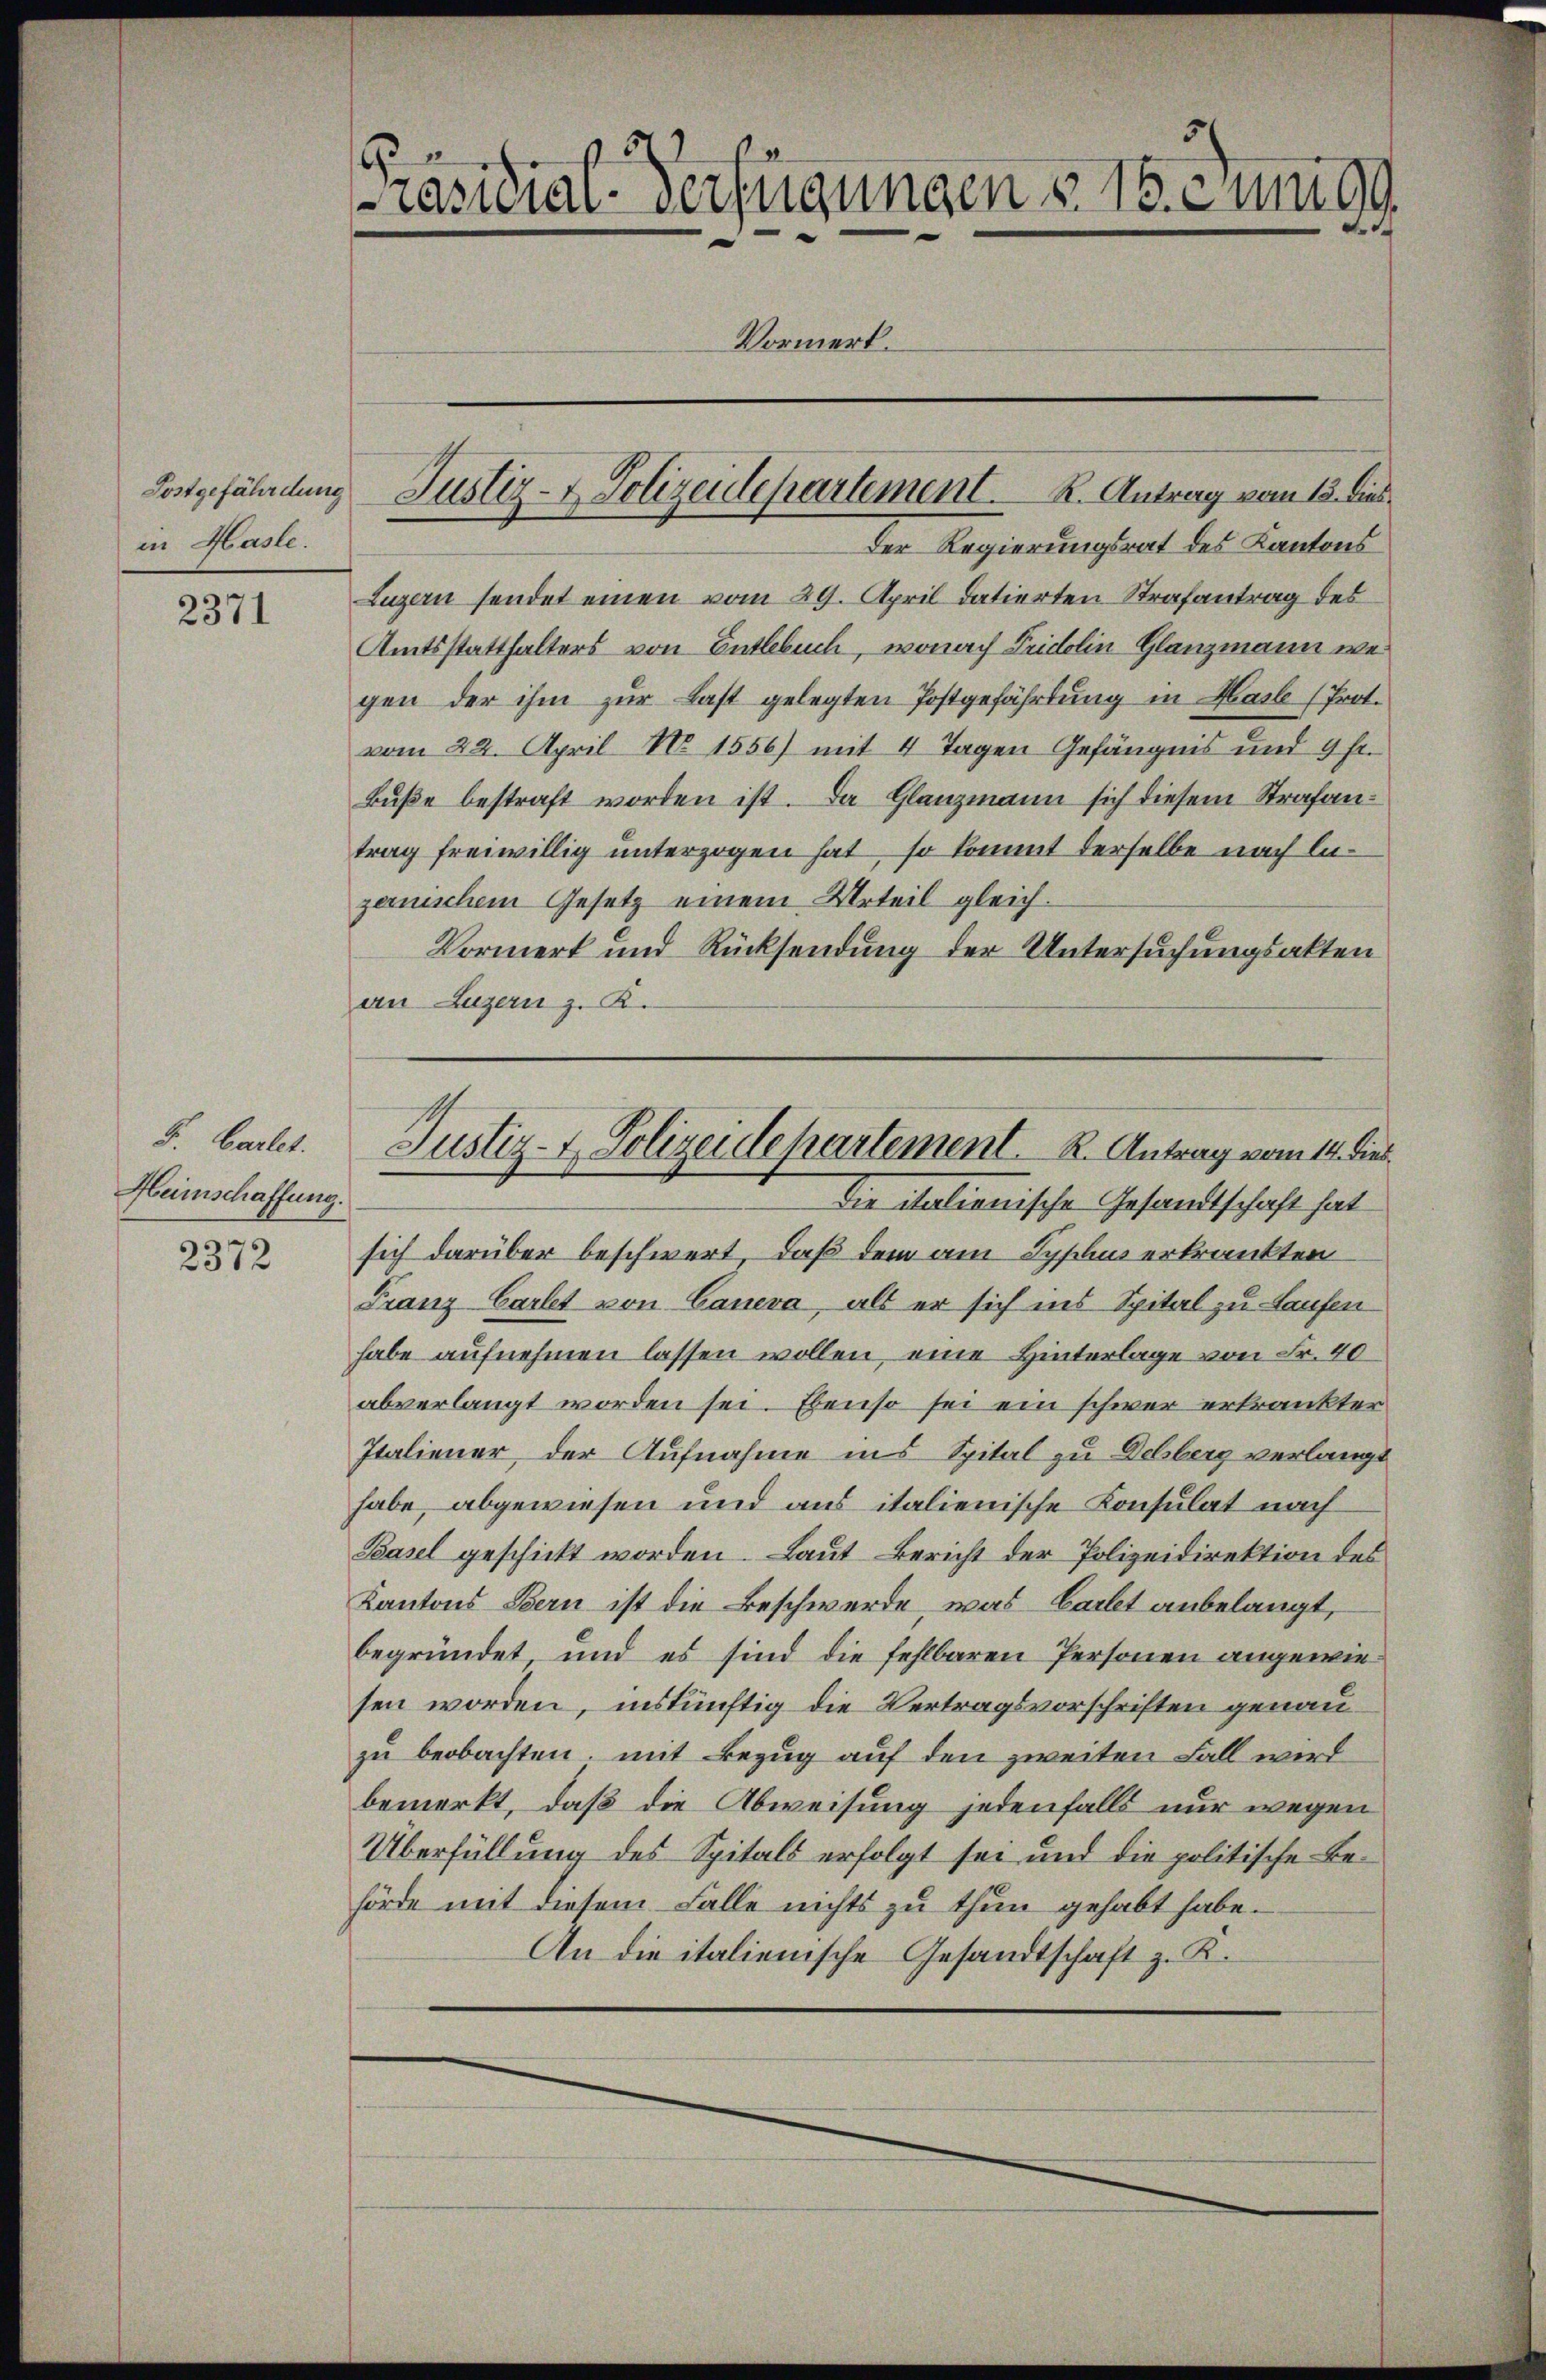
in Hasle.

2371

S. Cartet.
Heinschaffung.
2372

Präsidial-Verfügungen v. 15. Juni 99
Vormerk.

Der Regierungsrat des Kantons
Luzern sendet einen vom 29. April datierten Strafantrag des
Amtsstatthalters von Entlebuch, wonach Fridolin Glanzmann wegen der ihm zur Last gelegten Postgefährtung in Mail (Prot.
vom 22. April No 1556) mit 4 Tagen Gefängnis und 9 f.
Bŭβe bestraft worden ist. Da Glanzmann sich diesem Strafantrag freiwillig unterzogen hat, so kommt derselbe nach lezernischem Gesetz einem Urteil gleich.
Vormerk und Rücksendung der Untersuchungsakten
an Luzern z. K.

Postgefährdung Justiz- & Polizeidepartement. R. Antrag vom 13. dies

sich darüber beschwert, daß dem am Spplins erkrankten
Franz Cartet von Caneva, als er sich ins Spital zu Laufen
habe aufnehmen lassen wollen, eine Hinterlage von Fr. 40
abverlangt worden sei. Ebenso sei ein schwer erkrankter
Italiener der Aufnahme ins Spital zu Delsberg verlangt
habe, abgewiesen und aus italienische Konsulat nach
Basel geschickt worden. Laut Bericht der Polizeidirektion des
Kantons Bern ist die Beschwerde, was Cartet anbelangt,
begründet, und es sind die fehlbaren Personen angewiesen worden, inskünftig die Vertragsvorschriften genauzu beobachten, mit Bezug auf den zweiten Fall wird
bemerkt, daß die Abweisung jedenfalls nur wegen
Überfüllung des Spitals erfolgt sei und die politische Behörde mit diesem Falle nichts zu thun gehabt habe.
An die italienische Gesandtschaft z. K.

Justiz- & Polizeidepartement. K. Antrag vom 14. dies
Die italienische Gesandtschaft hat